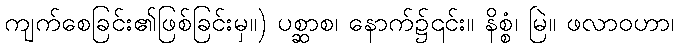
ကျက်စေခြင်း၏ဖြစ်ခြင်းမှ။) ပစ္ဆာစ၊ နောက်၌၎င်း။ နိစ္စံ၊ မြဲ။ ဖလာဝဟာ၊